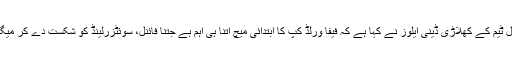
07 جون2018ء) پانچ مرتبہ کی عالمی چیمپئن برازیلین فٹ بال ٹیم کے کھلاڑی ڈینی ایلوز نے کہا ہے کہ فیفا ورلڈ کپ کا ابتدائی میچ اتنا ہی اہم ہے جتنا فائنل، سوئٹزرلینڈ کو شکست دے کر میگا ایونٹ کا فاتحانہ آغاز کرنے کیلئے پوری طرح سے تیار ہیں۔